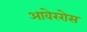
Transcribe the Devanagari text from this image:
आवेररोस